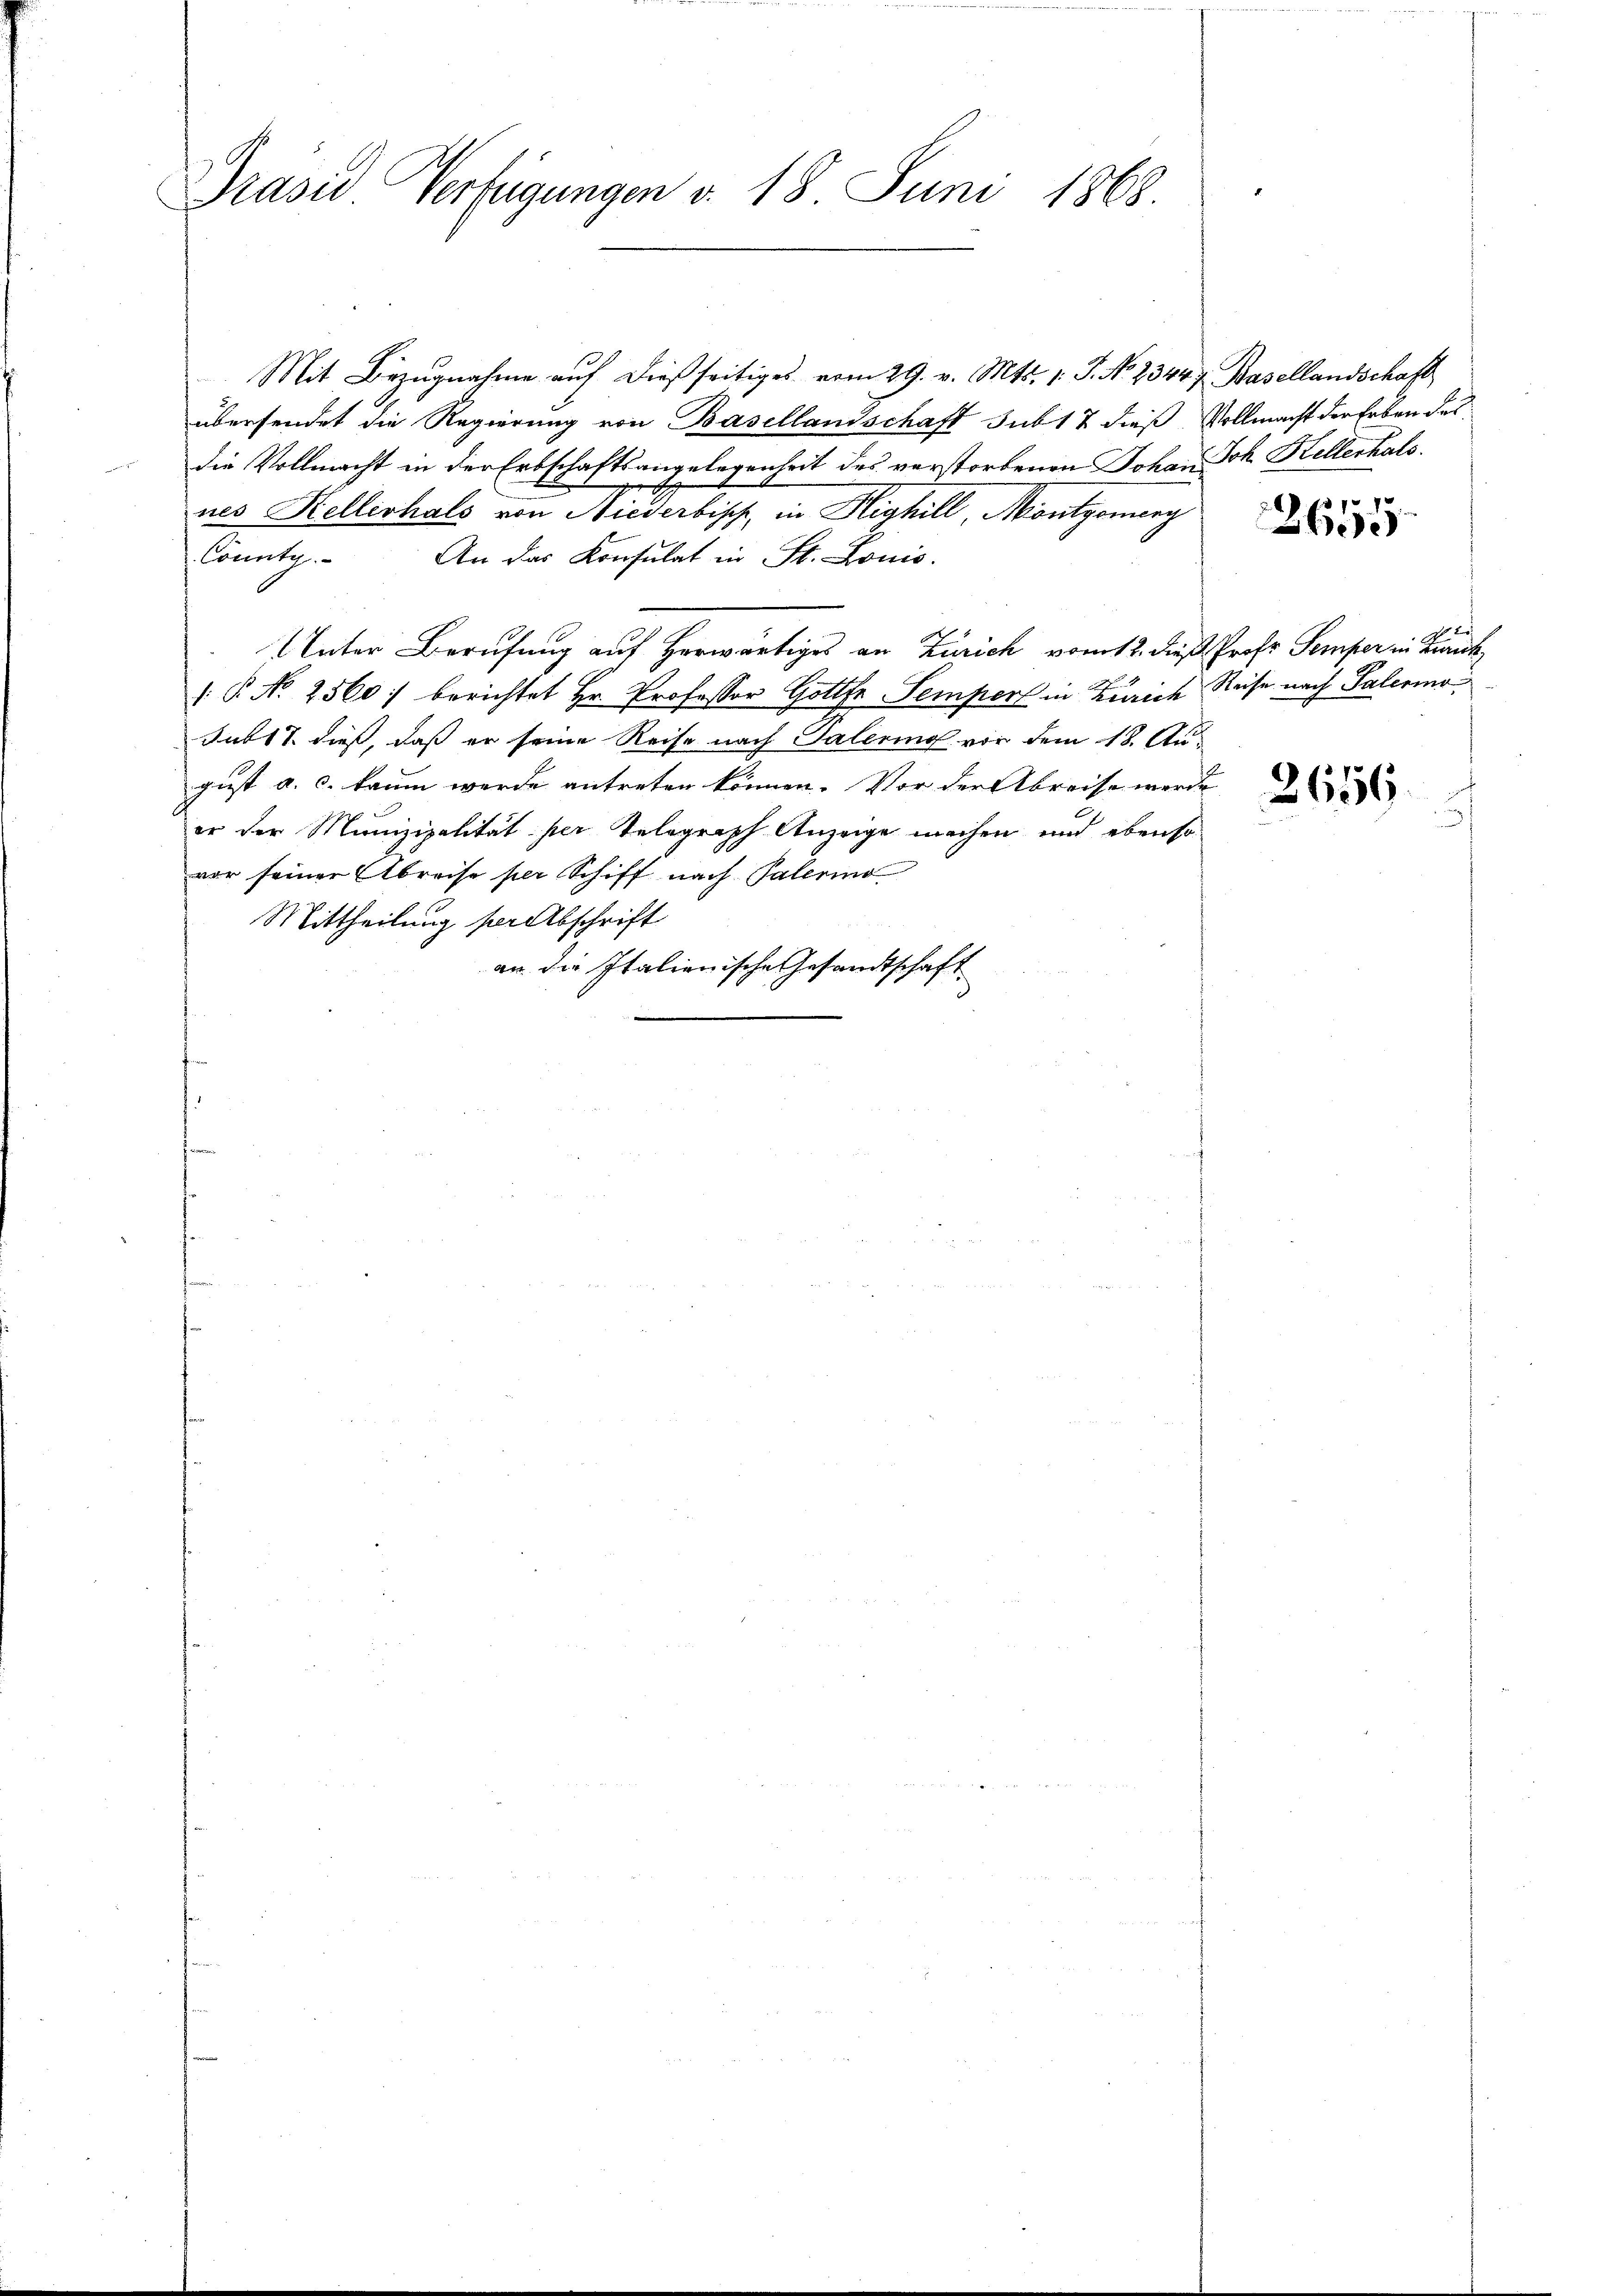
Prasis Verfügungen d. 18. Juni 1868.

Mit Bezugnahme auf dießseitiges vom 29. v. Mts. 1. J. No 23447. Basellandschaft
übersendet die Regierung von Basellandschaft sub 17 dieß Vollmacht der Erben des
die Vollmacht in der Erbschaftsangelegenheit des verstorbenen Johann Joh. Kellerhals
nes Hellishals von Niederbisch, in Highill, Montgomeng
Connte. An das Konsulat in St. Louis.
Unter Berufung auf herwärtiges an Zürich vom 12. dieß Prof. Semper in Bach
: P. N. 2560: berichtet Hr. Professor Gottfr. Semper in Zürich Reise nach Palermo
Subl 7. dieß, daß er seine Reise nach Salerino vor dem 18. August a. c. kaum werde antreten können. Vor der Abreise werde
er der Munizipalität per Telegraph Anzeige machen und ebenso
vor seiner Abreise per Schiff nach Palerino
Mittheilung ser Abschrift
an die Italienische Gesandtschaft

7 x
26

2656.